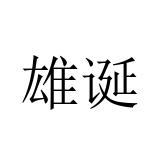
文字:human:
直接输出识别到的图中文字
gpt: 雄诞